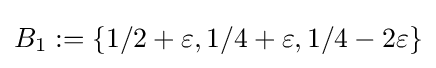
B_{1}:=\{1/2+\varepsilon ,1/4+\varepsilon ,1/4-2\varepsilon \}